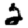
Digit: 2